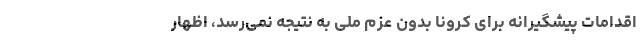
اقدامات پیشگیرانه برای کرونا بدون عزم ملی به نتیجه نمی‌رسد، اظهار